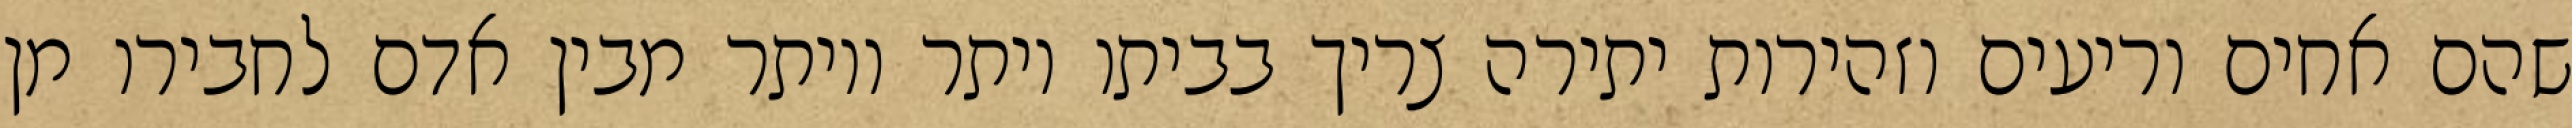
שהם אחים וריעים וזהירות יתירה צריך בביתו יותר ויותר מבין אדם לחבירו מן